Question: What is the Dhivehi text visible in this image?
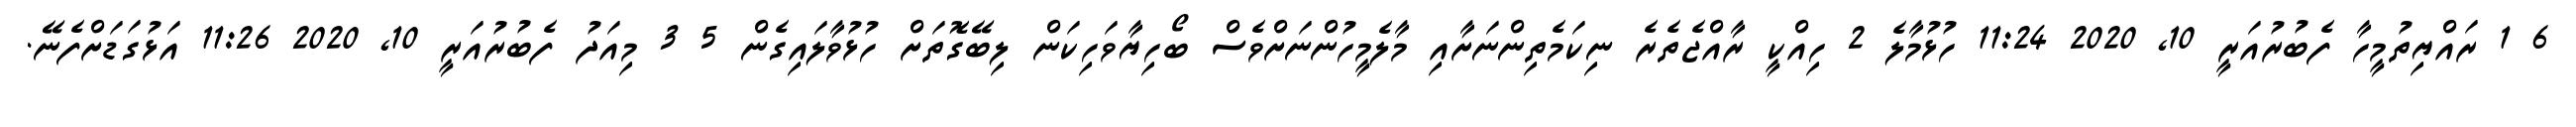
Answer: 6 1 ރައްޔިތުމީހާ ފެބުރުއަރީ 10, 2020 11:24 ހުޅުމާލެ 2 ހިއްކީ ރާއްޖެތެރެ ނިކަމެތިންނަށާއި މާލެމީހުންނަށްވެސް ބޯހިޔާވަހިކަން ލިބޭގޮތަށް ހުޅުވާލައިގެން 5 3 މިއަދު ފެބުރުއަރީ 10, 2020 11:26 އަޅުގަޑަށްފެނޭ.